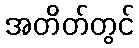
အတိတ်တွင်